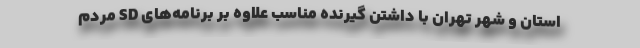
استان و شهر تهران با داشتن گیرنده مناسب علاوه بر برنامه‌های SD مردم